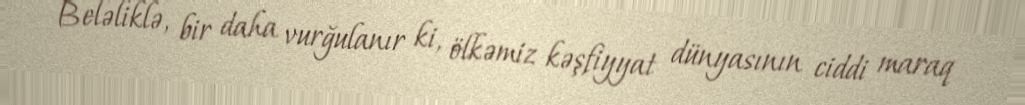
Beləliklə, bir daha vurğulanır ki, ölkəmiz kəşfiyyat dünyasının ciddi maraq